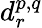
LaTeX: d_{r}^{p,q}